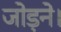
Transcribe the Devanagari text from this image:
जोड़ने।